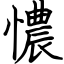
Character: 憹